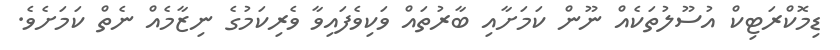
ޑިމޮކްރަޓިކް އުސޫލުތަކެއް ނޫން ކަމަށާއި ބާރުތައް ވަކިވެފައިވާ ވެރިކަމުގެ ނިޒާމެއް ނެތް ކަމަށެވެ.